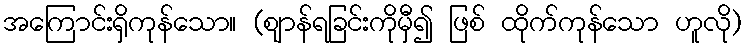
အကြောင်းရှိကုန်သော။ (ဈာန်ရခြင်းကိုမှီ၍ ဖြစ် ထိုက်ကုန်သော ဟူလို)